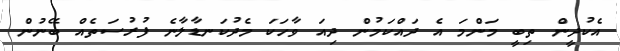
އެކުދީން ތިބީ މަންމަ އެ ދައްކަމުން ދިއަ ވާހަކަ މެދުކަނޑާލާނެ ފުރުސަތެއް ބޭނުން